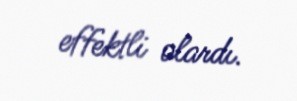
effektli olardı.